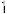
1